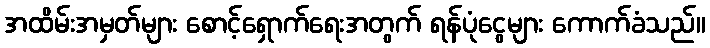
အထိမ်းအမှတ်များ စောင့်ရှောက်ရေးအတွက် ရန်ပုံငွေများ ကောက်ခံသည်။